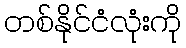
တစ်နိုင်ငံလုံးကို